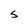
Character: S